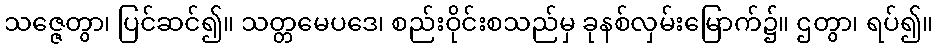
သဇ္ဇေတွာ၊ ပြင်ဆင်၍။ သတ္တမေပဒေ၊ စည်းဝိုင်းစသည်မှ ခုနစ်လှမ်းမြောက်၌။ ဌတွာ၊ ရပ်၍။